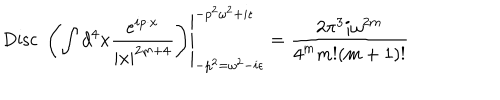
LaTeX: \left. \mathrm { D i s c } \; \left( \int d ^ { 4 } x { \frac { e ^ { i p \cdot x } } { | x | ^ { 2 m + 4 } } } \right) \right| _ { - p ^ { 2 } = \omega ^ { 2 } - i \epsilon } ^ { - p ^ { 2 } \omega ^ { 2 } + i \epsilon } = { \frac { 2 \pi ^ { 3 } i \omega ^ { 2 m } } { 4 ^ { m } m ! ( m + 1 ) ! } }